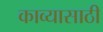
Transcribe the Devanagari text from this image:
काव्यासाठी